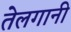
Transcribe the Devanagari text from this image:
तेलगानी